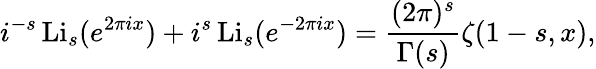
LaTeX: i^{-s}\operatorname{Li}_{s}(e^{2\pi ix})+i^{s}\operatorname{Li}_{s}(e^{-2\pi ix})={\frac{(2\pi)^{s}}{\Gamma(s)}}\zeta(1-s,x),